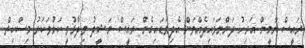
ރައީސް ޔާމީން އަރިހު ދަންނަވައިދެއްވަން އެދިވަޑައިގެން ރައީސް ނަޝީދު ވިދާޅުވީ ކަޅުވަކަރު މިސްކިތް